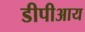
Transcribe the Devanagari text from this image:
डीपीआय